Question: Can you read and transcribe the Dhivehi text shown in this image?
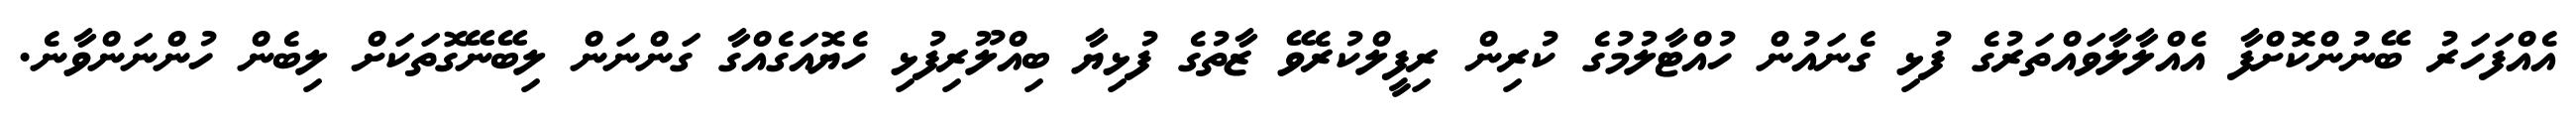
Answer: އެއްފަހަރު ބޭނުންކޮށްފާ އެއްލާލާވައްތަރުގެ ފުޅި ގެނައުން ހުއްޓާލުމުގެ ކުރިން ރިފީލްކުރެވޭ ޒާތުގެ ފުޅިޔާ ބިއްލޫރިފުޅި ހެޔޮއަގެއްގާ ގަންނަން ލިބޭނޭގޮތަކަށް ލިބެން ހުންނަންވާނެ.